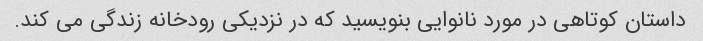
داستان کوتاهی در مورد نانوایی بنویسید که در نزدیکی رودخانه زندگی می کند.